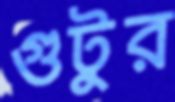
গুটুর